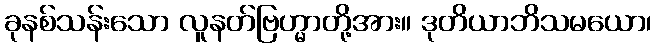
ခုနစ်သန်းသော လူနတ်ဗြဟ္မာတို့အား။ ဒုတိယာဘိသမယော၊